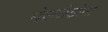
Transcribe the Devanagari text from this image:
मेस्सीडोना